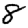
Digit: 8